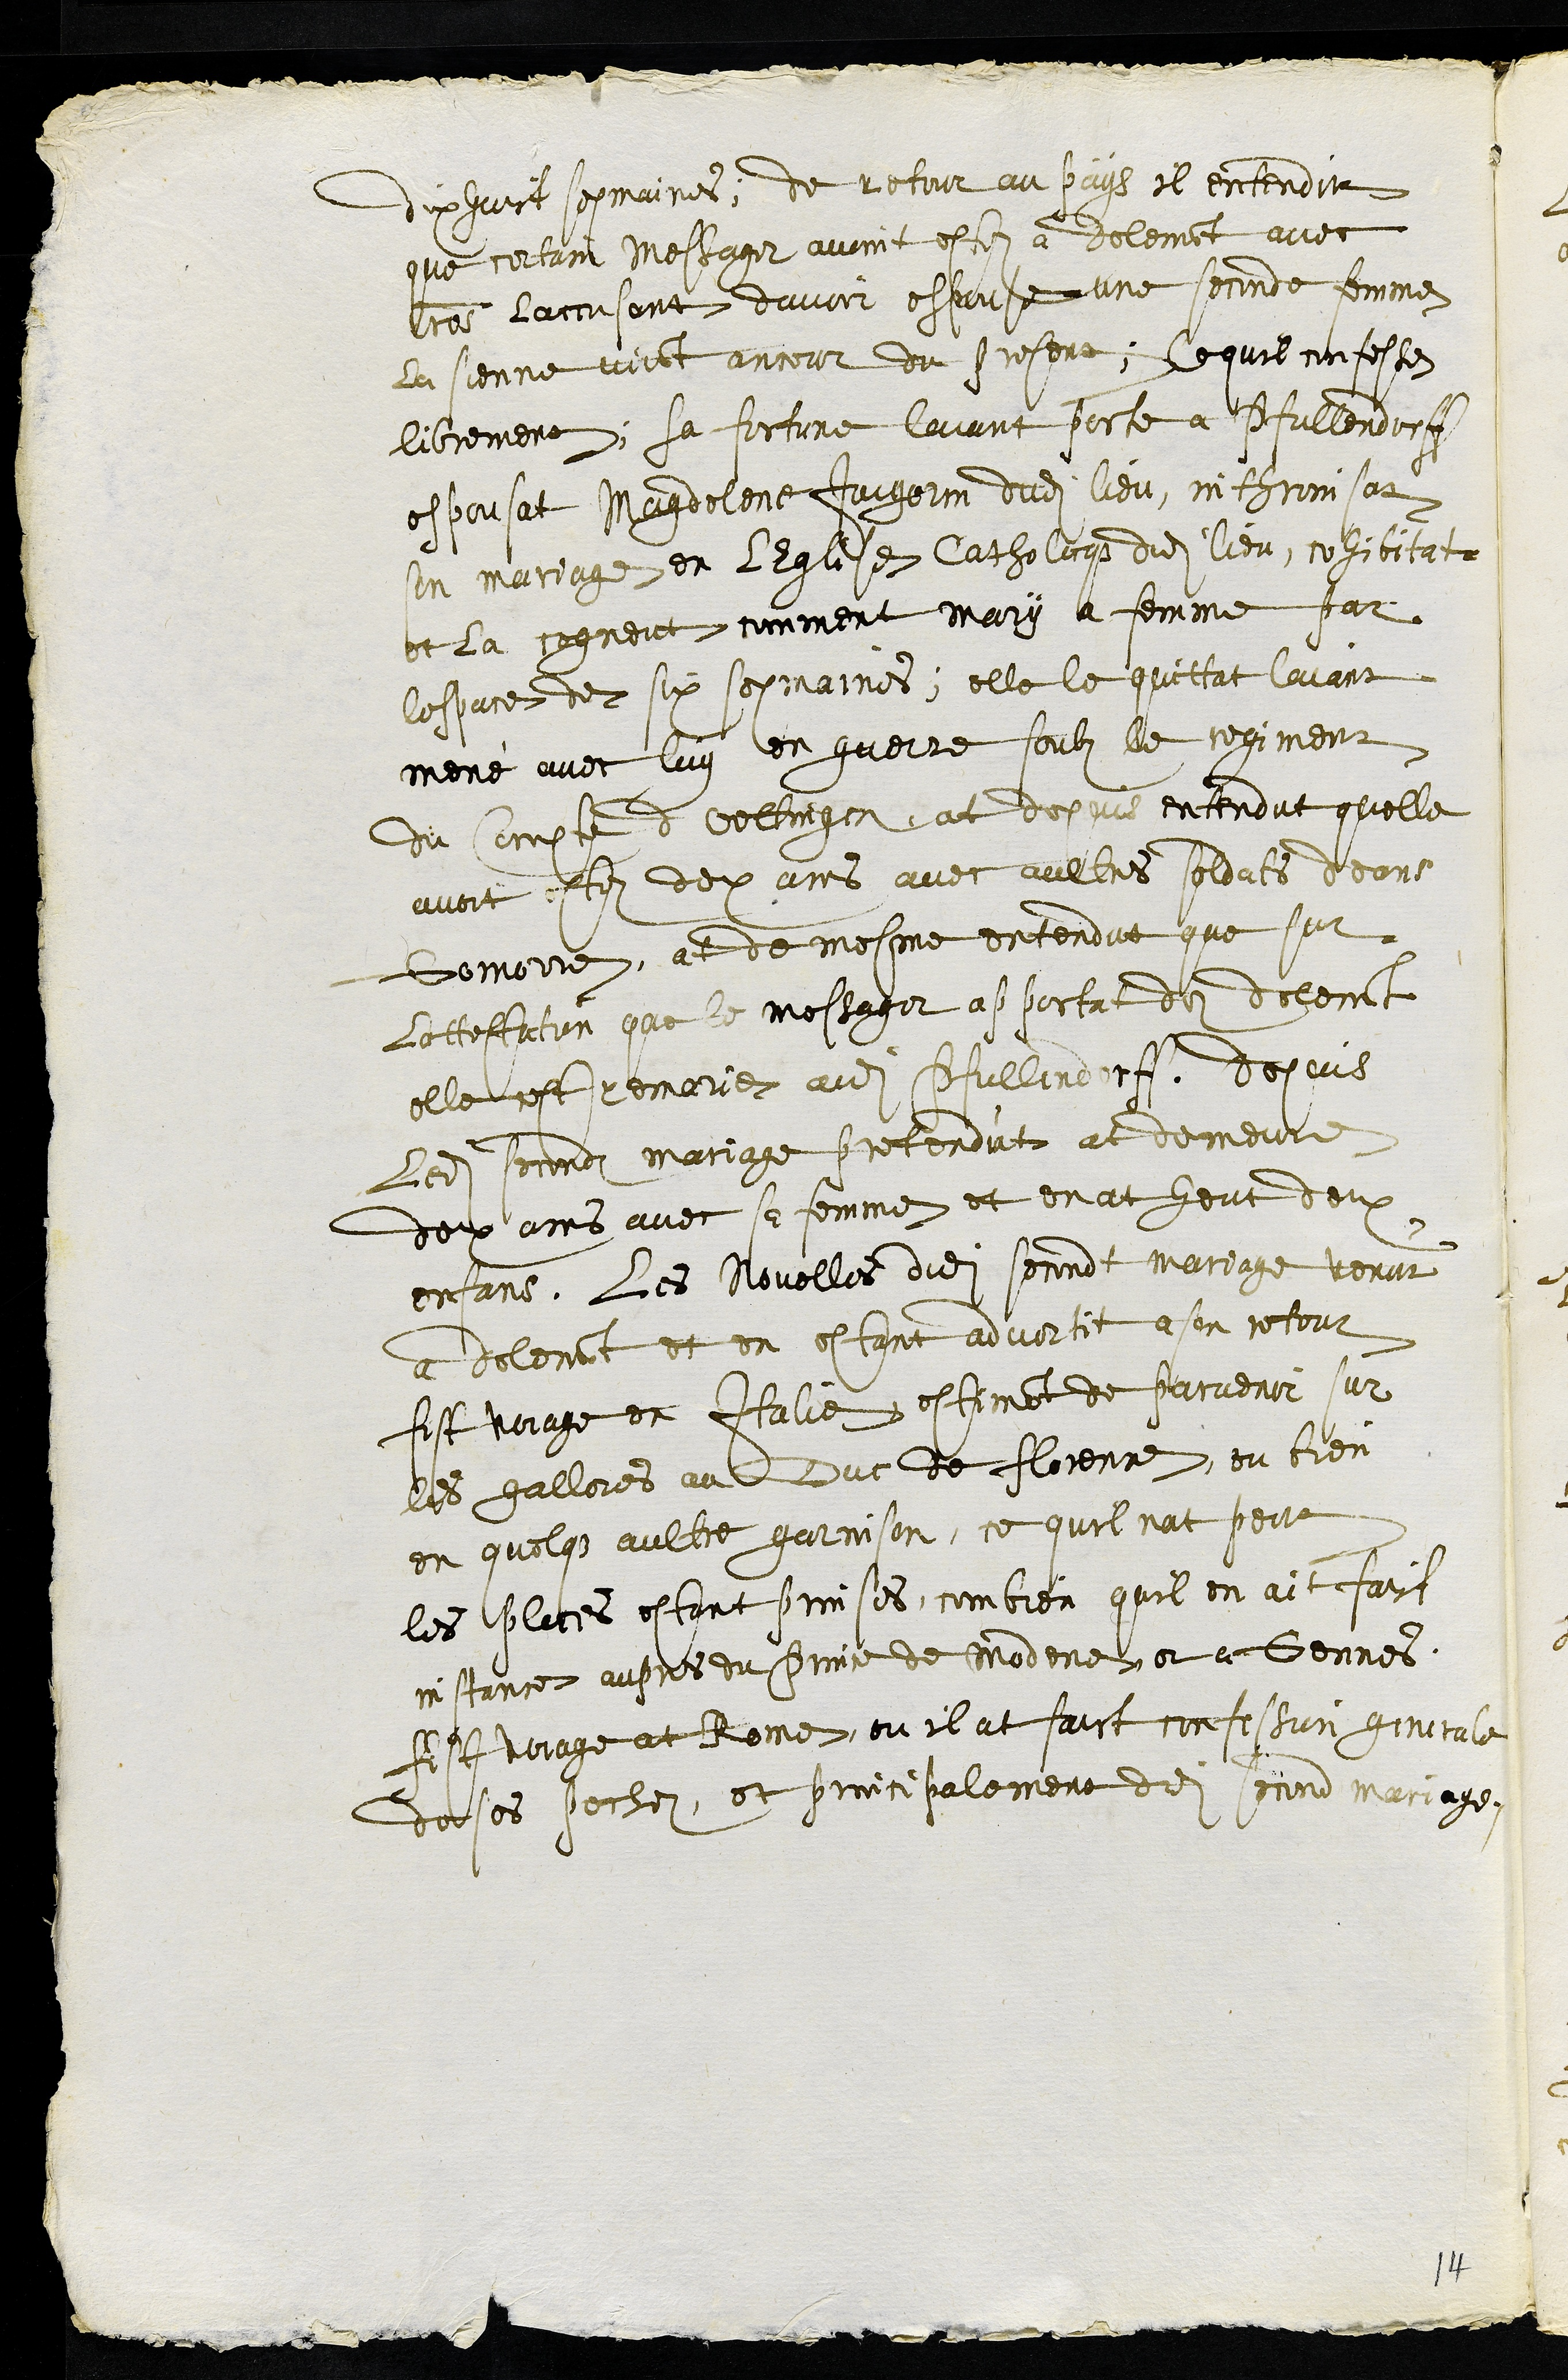
dix huict sepmaines, de retour au pays il entendit
que certain messager avoint estez a delemont avec
lres laccusant davoir espouse une seconde femme
La sienne vivant ancour de present, Ce quil confesse
librement, sa fortune laiant porte a Pfullendorff
espousat Magdelene Jaigerin dudit lieu, inthronisat
son mariage en lEglise Catholicque dudit lieu, cohibitat
et la cogneut comment mary a femme par
lespace de six sepmaines elle le quittat laiant
mené avec luy en guerre soubz le regiment
du Compte d'Oettingen, at depuis entendut quelle
avoit estez deux ans avec aultres soldats deans
Gomorre, at de mesme entendut que sur
Lattestation que le messager apportat dez delemont
elle est remarie audit Pfullindorff. depuis
ledit second mariage pretendut at demeure
deux ans avec sa femme et en at heut deux
enfans. Les Novelles dudit secondt mariage venut
a delemont et en estant advertit a son retour
fist voiage en Italie estimant de parvenir sur
les galleres au Duc de florenne, ou bien
en quelque aultre garnison, ce quil nat peut
les places estant promises, combien quil en ait faict
instance aupres du Prince de Modene et a Gennes
fist voiage at Rome, ou il at faict confession generale
de ses pechez, et principalement dudit second mariage.
14